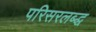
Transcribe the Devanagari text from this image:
परिसरलब्द्ध